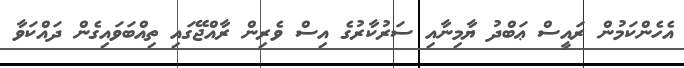
އެހެންކަމުން ރައީސް ޢަބްދު ޔާމިނާއި ސަރުކާރުގެ އިސް ވެރިން ރާއްޖޭގައި ތިއްބަވައިގެން ދައްކަވާ